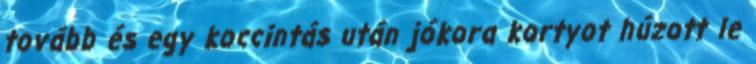
tovább és egy koccintás után jókora kortyot húzott le